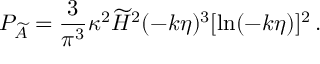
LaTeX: { \cal P } _ { \widetilde { A } } = { \frac { 3 } { \pi ^ { 3 } } } \kappa ^ { 2 } \widetilde { H } ^ { 2 } ( - k \eta ) ^ { 3 } [ \ln ( - k \eta ) ] ^ { 2 } \, .